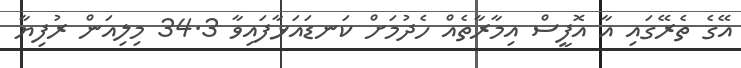
އޭގެ ތެރޭގައި އާ އޮފީސް އިމާރާތެއް ހެދުމަށް ކަނޑައަޅާފައިވާ 34.3 މިލިއަން ރުފިޔާ